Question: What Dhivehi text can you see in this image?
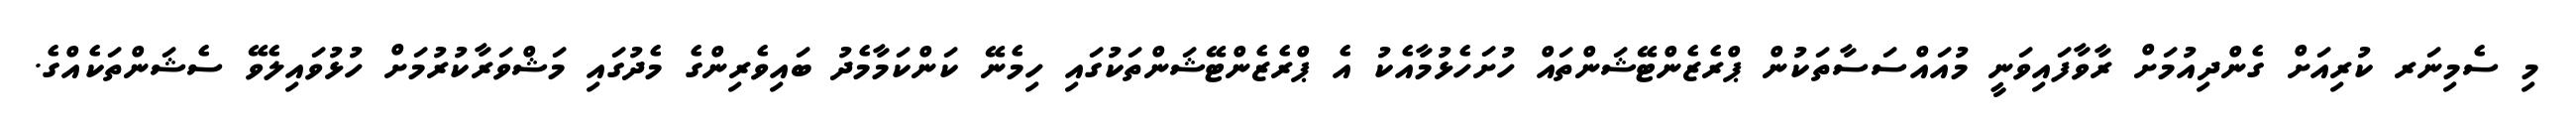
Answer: މި ސެމިނަރ ކުރިއަށް ގެންދިއުމަށް ރާވާފައިވަނީ މުއައްސަސާތަކުން ޕްރެޒެންޓޭޝަންތައް ހުށަހެޅުމާއެކު އެ ޕްރެޒެންޓޭޝަންތަކުގައި ހިމެނޭ ކަންކަމާމެދު ބައިވެރިންގެ މެދުގައި މަޝްވަރާކުރުމަށް ހުޅުވައިލެވޭ ސެޝަންތަކެއްގެ.